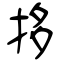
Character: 拸